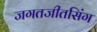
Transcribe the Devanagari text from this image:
जगतजीतसिंग